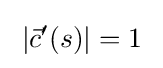
\;|{\vec {c}}'(s)|=1\;